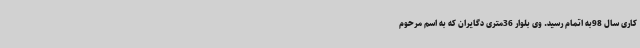
کاری سال 98به اتمام رسید. وی بلوار 36متری دگایران که به اسم مرحوم